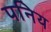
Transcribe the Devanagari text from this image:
पनिय